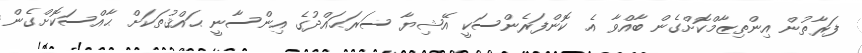
ފަރާތުން އިންތިޒާމްކޮށްގެން ބާއްވާ އެ ކޮންފަރެންސަކީ އޭޝިޔާ ސަރަޙައްދުގެ އިންސާނީ ޙައްޤުތަކަށް ޙާއްސަކޮށްގެން